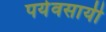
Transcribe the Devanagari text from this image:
पर्यवसायी